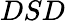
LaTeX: DSD